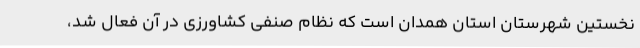
نخستین شهرستان استان همدان است که نظام صنفی کشاورزی در آن فعال شد،